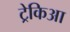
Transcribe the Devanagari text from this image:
ट्रेकिआ